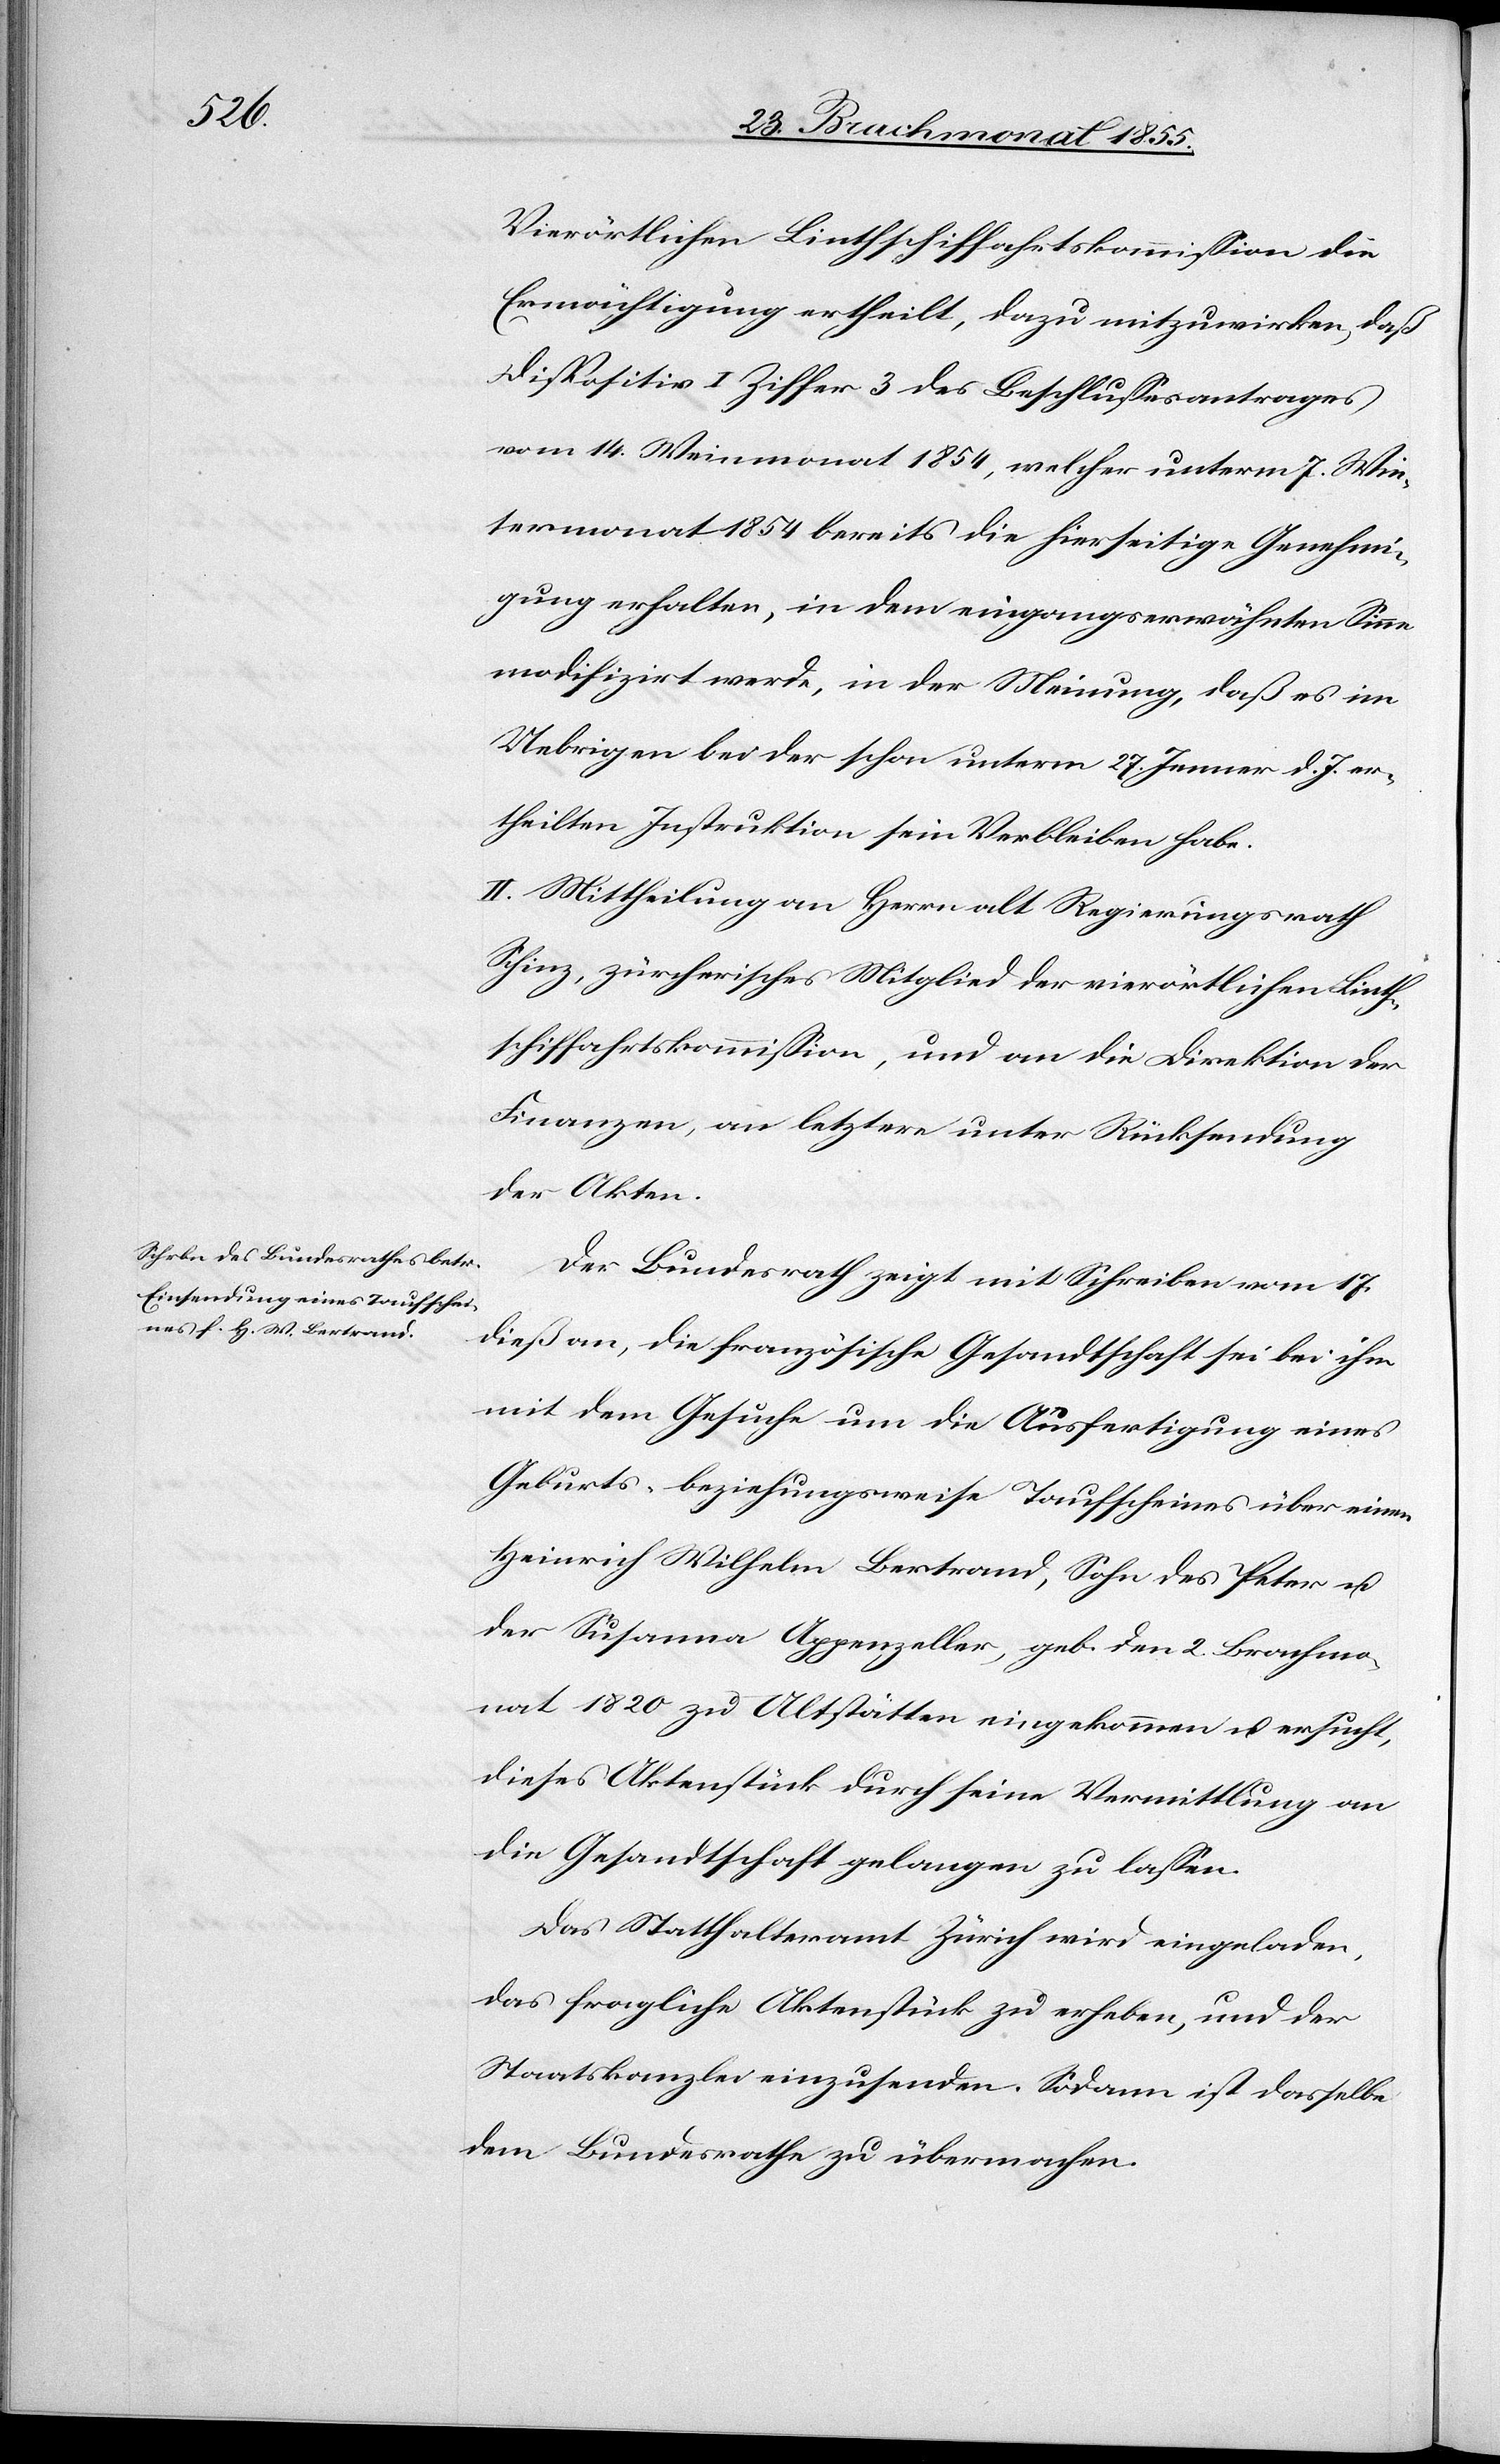
Vierörtlichen Linthschiffahrtskommission die
Ermächtigung ertheilt, dazu mitzuwirken, daß
Dispositiv I Ziffer 3 des Beschlussesantrages
vom 14. Weinmonat 1854, welcher unterm 7. Win¬
termonat 1854 bereits die hierseitige Genehmi¬
gung erhalten, in dem eingangserwähnten Sinne
modifizirt werde, in der Meinung, daß es im
Uebrigen bei der schon unterm 27. Jenner d. J. er¬
theilten Instruktion sein Verbleiben habe.
II. Mittheilung an Herr alt Regierungsrath
Schinz, zürcherisches Mitglied der vierörtlichen Linth¬
schiffahrtskommission, und an die Direktion der
Finanzen, an letztere unter Rücksendung
der Akten.
Der Bundesrath zeigt mit Schreiben vom 17.
dieß an, die französische Gesandtschaft sei bei ihm
mit dem Gesuche um die Ausfertigung eines
Geburts- beziehungsweise Taufscheines über einen
Heinrich Wilhelm Bertrand, Sohn des Peter u.
der Susanna Appenzeller, geb. den 2. Brachmo¬
nat 1820 zu Altstätten eingekommen u. ersucht,
dieses Aktenstück durch seine Vermittlung an
die Gesandtschaft gelangen zu lassen.
Das Statthalteramt Zürich wird eingeladen,
das fragliche Aktenstück zu erheben, und der
Staatskanzlei einzusenden. Sodann ist dasselbe
dem Bundesrathe zu übermachen.